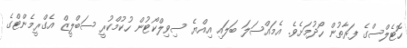
ހޮޓެލްސްގެ ފަރާތުން ހޯދުމަށެވެ. އެމައްސަލަ ބަލައި އިއްޔެ ސިވިލްކޯޓުން ހުކުމްކުރީ ސަބްލީޒް އެގްރީމެންޓްގެ